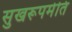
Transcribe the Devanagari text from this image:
सुखरूपमेति